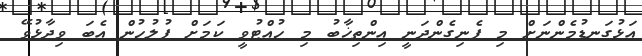
އަޅުގަނޑުމެންނަށް މި ފެނިގެންދަނީ އިންތިޚާބު މި ހުއްޓުވީ ކަމަށް ފުލުހުން އެބަ ވިދާޅުވޭ